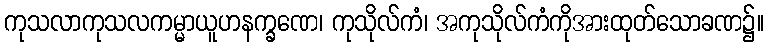
ကုသလာကုသလကမ္မာယူဟနက္ခဏေ၊ ကုသိုလ်ကံ၊ အကုသိုလ်ကံကိုအားထုတ်သောခဏ၌။